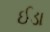
ઈડા